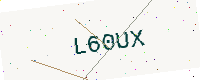
Text: L60UX